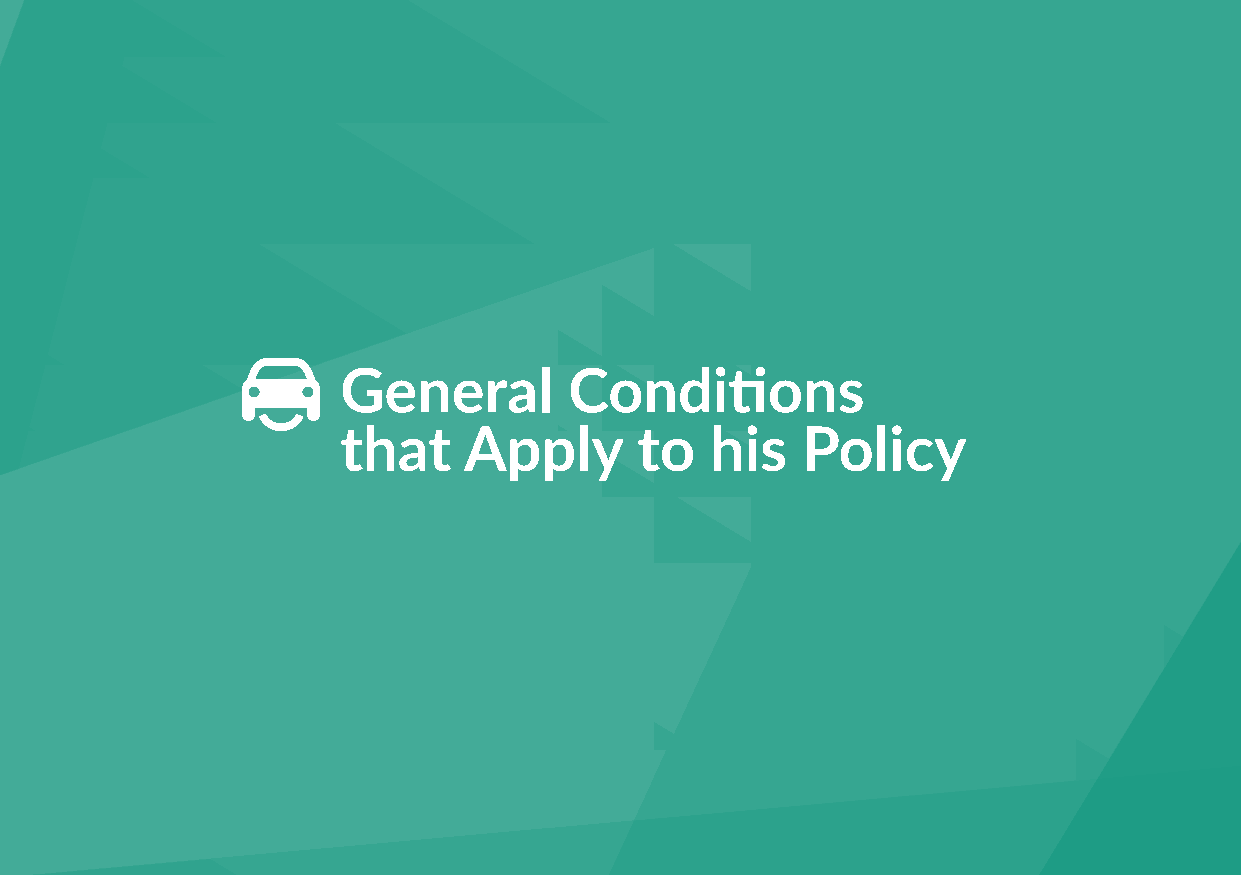
G eneral       Conditions
 that    Apply      to   his   Policy